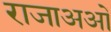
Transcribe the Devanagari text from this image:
राजाअओं